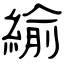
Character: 緰